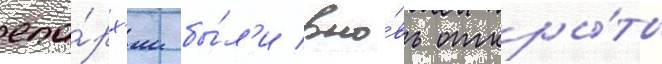
епа́рх'ии бы́л'и вно́вь откры́ты